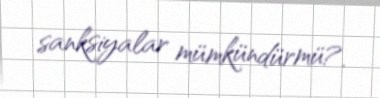
sanksiyalar mümkündürmü?.